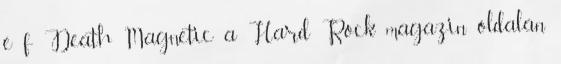
e f Death Magnetic a Hard Rock magazin oldalán